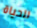
للحياة